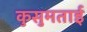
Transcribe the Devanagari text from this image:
कुसुमताई